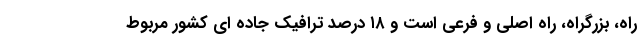
راه، بزرگراه، راه اصلی و فرعی است و ۱۸ درصد ترافیک جاده ای کشور مربوط